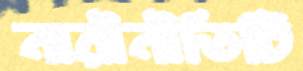
নারীনীতিটি